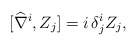
\begin{align*}[\widehat{\nabla}^i, Z_j] = i\,\delta^i_j Z_j,\end{align*}